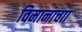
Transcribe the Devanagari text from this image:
विमानाचाा